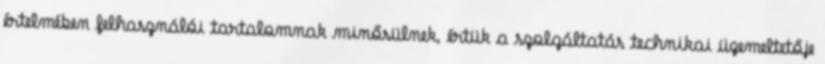
értelmében felhasználói tartalomnak minősülnek, értük a szolgáltatás technikai üzemeltetője